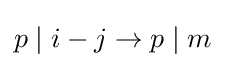
p\mid i-j\rightarrow p\mid m